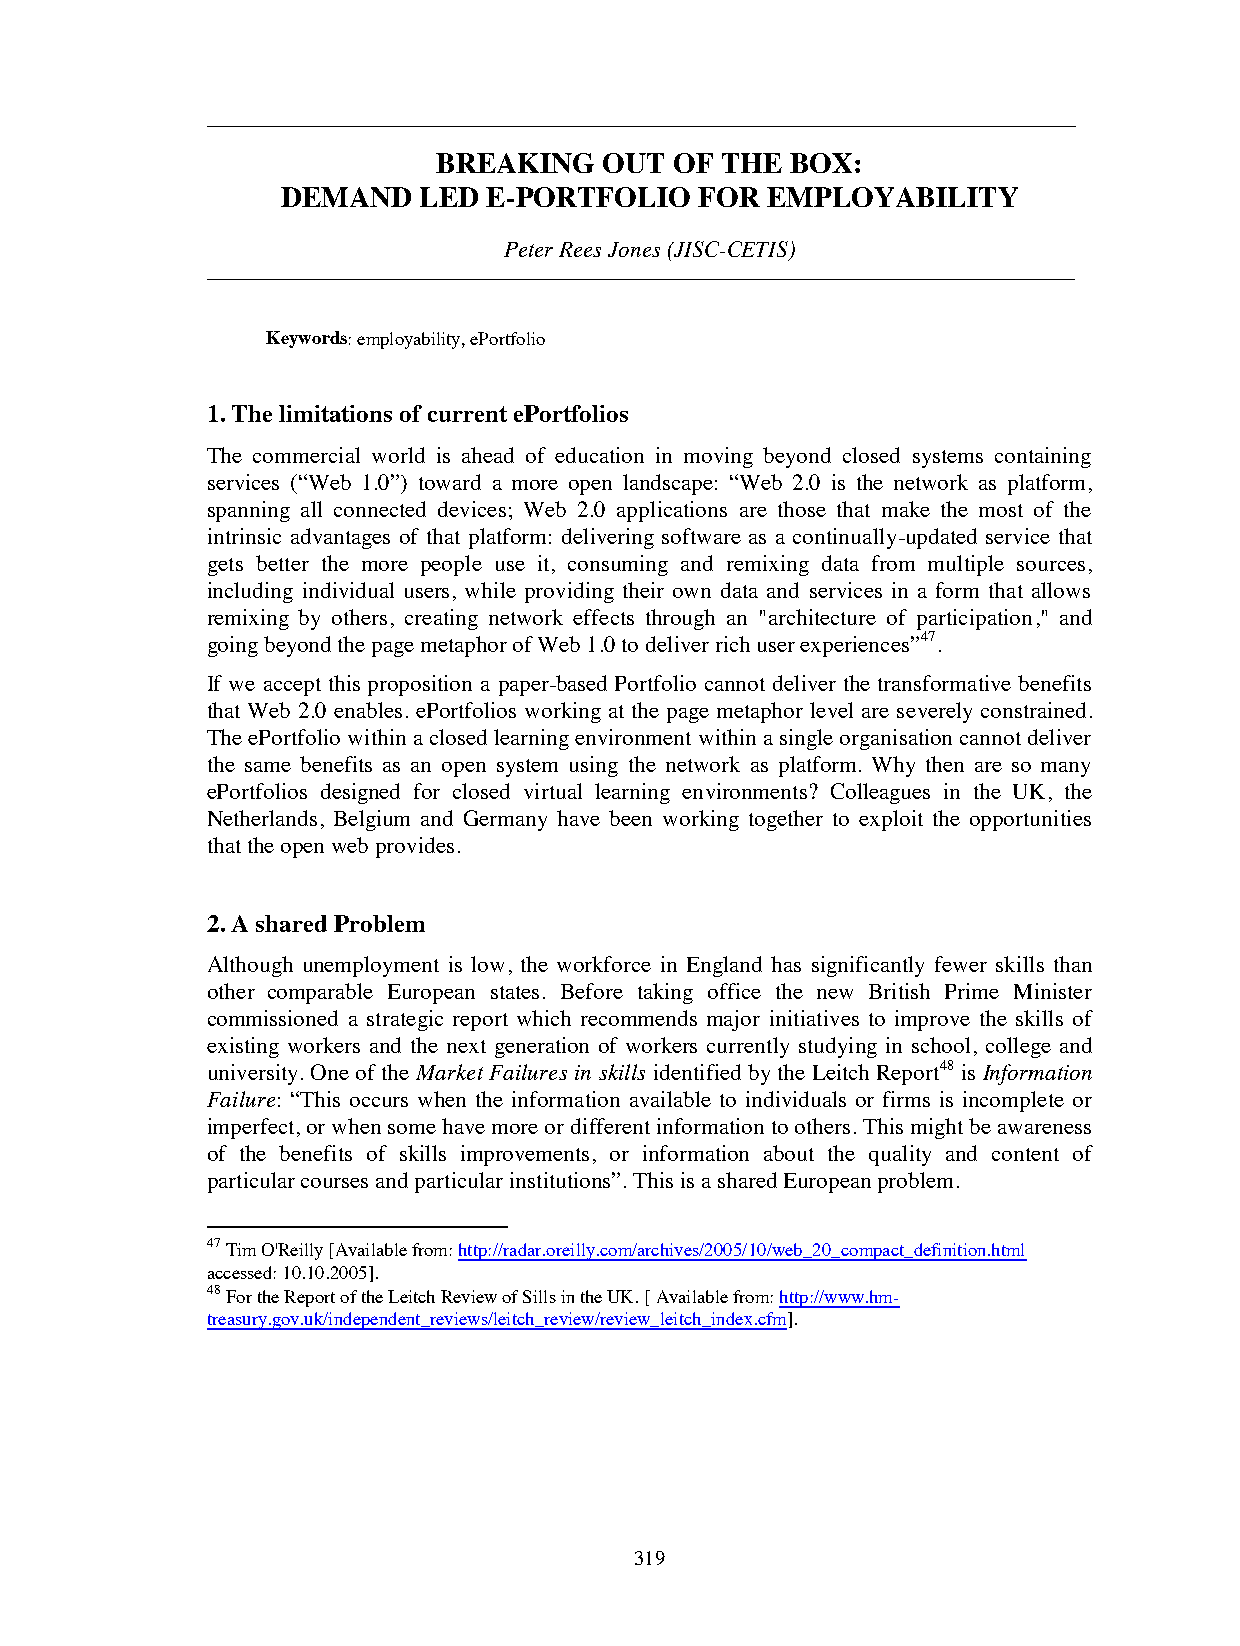
BREAKING   OUT  OF THE BOX:
 DEMAND   LED E-PORTFOLIO   FOR  EMPLOYABILITY
 Peter Rees Jones(JISC-CETIS)
 Keywords:employability, ePortfolio
 1. The limitations of current ePortfolios
 The commercial world is ahead of education in moving beyond closed systems containing
 services (“Web 1.0”) toward a more open landscape: “Web 2.0 is the network as platform,
 spanning all connected devices; Web 2.0 applications are those that make the most of the
 intrinsic advantages of that platform: delivering software as a continually-updated service that
 gets better the more people use it, consuming and remixing data from multiple sources,
 including individual users, while providing their own data and services in a form that allows
 remixing by others, creating network effects through an "architecture of participation," and
 going beyond the page metaphor of Web 1.0 to deliver rich user experiences”47.
 If we accept this proposition a paper-based Portfolio cannot deliver the transformative benefits
 that Web 2.0 enables. ePortfolios working at the page metaphor level are severely constrained.
 The ePortfolio within a closed learning environment within a single organisation cannot deliver
 the same benefits as an open system using the network as platform. Why then are so many
 ePortfolios designed for closed virtual learning environments? Colleagues in the UK, the
 Netherlands, Belgium and Germany have been working together to exploit the opportunities
 that the open web provides.
 2. A shared Problem
 Although unemployment is low, the workforce in England has significantly fewer skills than
 other comparable European states. Before taking office the new British Prime Minister
 commissioned a strategic report which recommends major initiatives to improve the skills of
 existing workers and the next generation of workers currently studying in school, college and
 university. One of the Market Failures in skills identified by the Leitch Report48 is Information
 Failure: “This occurs when the information available to individuals or firms is incomplete or
 imperfect, or when some have more or different information to others. This might be awareness
 of the benefits of skills improvements, or information about the quality and content of
 particular courses and particular institutions”. This is a shared European problem.
 47Tim O'Reilly [Available from:http://radar.oreilly.com/archives/2005/10/web_20_compact_definition.html
 accessed: 10.10.2005].
 48For the Report of the Leitch Review of Sills in the UK. [ Available from:http://www.hm-
 treasury.gov.uk/independent_reviews/leitch_review/review_leitch_index.cfm].
 319